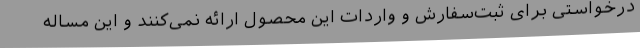
درخواستی برای ثبت‌سفارش و واردات این محصول ارائه نمی‌کنند و این مساله